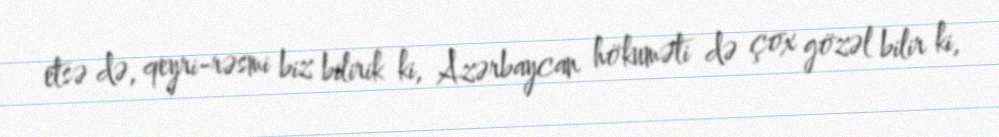
etsə də, qeyri-rəsmi biz bilirik ki, Azərbaycan hökuməti də çox gözəl bilir ki,